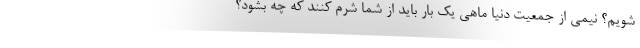
شویم؟ نیمی از جمعیت دنیا ماهی یک بار باید از شما شرم کنند که چه بشود؟